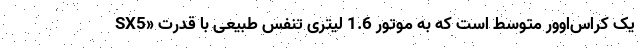
SX5» یک کراس‌‌اوور متوسط است که به موتور 1.6 لیتری تنفس طبیعی با قدرت